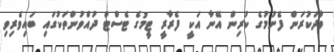
ވާދަކުރަން ފެށުމުގެ ކުރިން އޭނާ އަކީ ފެރާރީ ޓީމުގެ ޓެސްޓް ދުއްވުންތަކުގައި ބައިވެރިވި